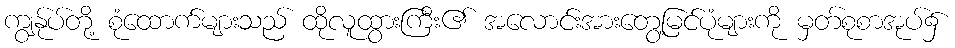
ကျွန်ုပ်တို့ စုံထောက်များသည် ထိုလူထွားကြီး၏ အလောင်းအားတွေ့မြင်ပုံများကို မှတ်စုစာအုပ်၌